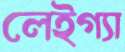
লেইগ্যা